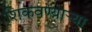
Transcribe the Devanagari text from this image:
शिकवण्यार्‍या